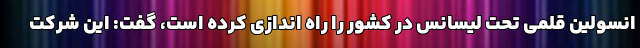
انسولین قلمی تحت لیسانس در کشور را راه اندازی کرده است، گفت: این شرکت